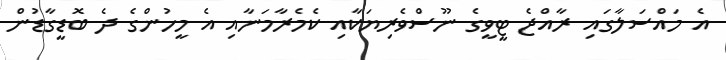
އެ މައްސަލާގައި ރާއްޖެ ޓީވީގެ ނޫސްވެރިޔަކާއި ކެމެރާމަނާއި އެ މީހުންގެ ދެ ބޮޑީގާޑުން